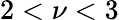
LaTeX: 2<\nu<3